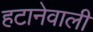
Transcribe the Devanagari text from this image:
हटानेवाली